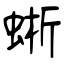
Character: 蜥